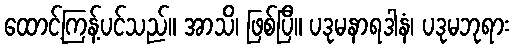
ထောင့်ကြန့်ပင်သည်။ အာသိ၊ ဖြစ်ပြီ။ ပဒုမနာရဒါနံ၊ ပဒုမဘုရား